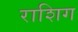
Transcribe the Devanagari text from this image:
राशिग